King Institute of Preventive Medicine Bacteriolog. Section reports 1907-08
Year: 1907
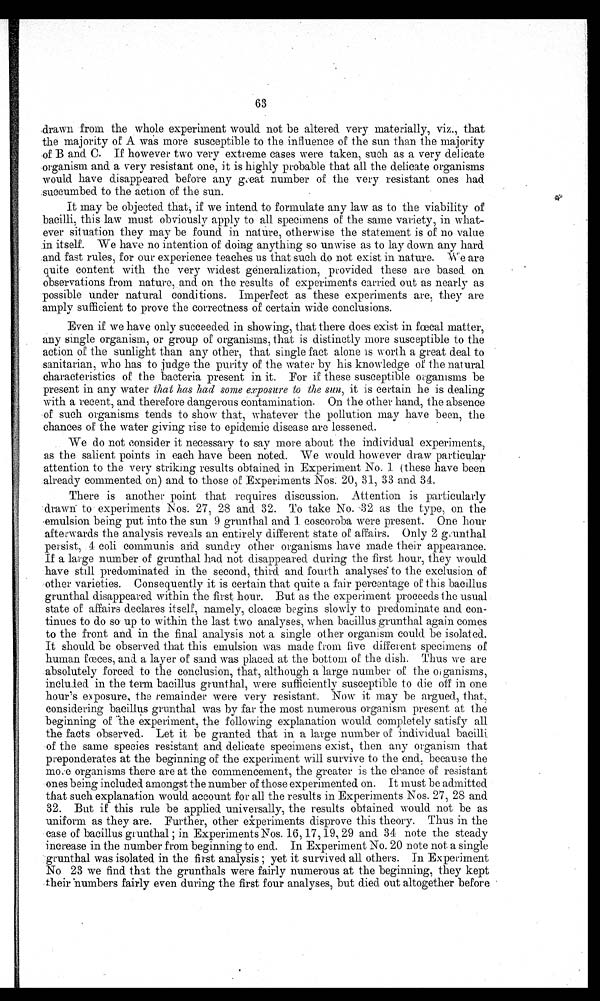
63
drawn from the whole experiment would not be altered very materially, viz., that
the majority of A was more susceptible to the influence of the sun than the majority
of B and C. If however two very extreme cases were taken, such as a very delicate
organism and a very resistant one, it is highly probable that all the delicate organisms
would have disappeared before any great number of the very resistant ones had
.succumbed to the action of the sun.
It may be objected that, if we intend to formulate any law as to the viability of
bacilli, this law must obviously apply to all specimens of the same variety, in what-
ever situation they may be found in nature, otherwise the statement is of no value
in itself. We have no intention of doing anything so unwise as to lay down any
We
.and fast rules, for our experience teaches us that such do not exist in nature. We are
quite content with the very widest generalization, provided these are based on
observations from nature, and on the results of experiments carried. out as nearly as
possible under natural conditions. Imperfect as these experiments are, they are
amply sufficient to prove the correctness of certain wide conclusions.
Even if we have only succeeded in showing, that there does exist in fœcal matter,
any single organism, or group of organisms, that is distinctly more susceptible to the
action of the sunlight than any other, that single fact alone is worth a great deal to
sanitarian, who has to judge the purity of the water by his knowledgefœcal
fœcal of the natural
characteristics of the bacteria present in it. For if these susceptible organisms be
present in any water that has had some exposure to the sun, it is certain he is dealing
with a recent, and therefore dangerous contamination. On the other hand, the absence
of such organisms tends to show that, whatever the pollution may have been, the
chances of the water giving rise to epidemic disease are lessened.
We do not consider it necessary to say more about the individual experiments,
as the salient points in each have been noted. We would however draw particular
attention to the very striking results obtained in Experiment No. 1 (these have been
.already commented on) and to those of Experiments Nos: 20, 31, 33 and 34.
There is another point that requires discussion. Attention is particularly
• drawn to experiments Nos. 27, 28 and 32. To take No. 32 as the type, on the
emulsion being put into the sun 9 grunthal and 1 coscoroba were present. One hour
afterwards the analysis reveals an entirely different state of affairs. Only 2 grunthal
persist, coli communis arid sundry other organisms have made their appearance.
If a large number of grunthal had not disappeared during the first hour, they would
have still predominated in the second, third and fourth analyses to the exclusion of
other varieties. Consequently it is certain that quite a fair percentage of this bacillus
grunthal disappeared within the first hour. But as the experiment proceeds the usual
state of affairs declares itself, namely, cloacæ begins slowly to predominate and con--
tinues to do so up to within the last two analyses, when bacillus grunthal again comes
to the front and in the final analysis not a single other organism could be isolated.
It should be observed that this emulsion was made from five different specimens of
human fœces, and a layer of sand was placed at the bottom of the dish. Thus we are
absolutely forced to the conclusion, that, although a large number of the organisms,
included in the term bacillus grunthal, were sufficiently susceptible to die off in one
hour's exposure, the remainder were very resistant. Now it may be argued, that,
considering bacillus grunthal was by far the most numerous organism present at the
beginning of the experiment, the following explanation would completely satisfy all
the facts observed. Let it be granted that in a large number of individual bacilli
of the same species resistant and delicate specimens exist, then any organism that
preponderates at the beginning of the experiment will survive to the end, because the
mo:e organisms there are at the commencement, the greater is the chance of resistant
ones being included amongst the number of those experimented on. It must be admitted
that such explanation would account for all the results in Experiments Nos. 27, 28 and
32. But if this rule be applied universally, the results obtained would not be as
uniform as they are. Further, other experiments disprove this theory.
Thus in the
case of bacillus grunthal ; in Experiments Nos. 16, 17,19, 29 and 34 note the steady
increase in the number from beginning to end. In Experiment No. 20 note not a single
grunthal was isolated in the first analysis ; yet it survived all others. In Experiment
No 23 we find that the grunthals were fairly numerous at the beginning, they kept
-their 'numbers fairly even during the first four analyses, but died out altogether before